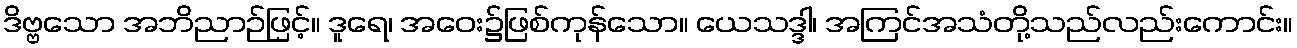
ဒိဗ္ဗသော အဘိညာဉ်ဖြင့်။ ဒူရေ၊ အဝေး၌ဖြစ်ကုန်သော။ ယေသဒ္ဒါ၊ အကြင်အသံတို့သည်လည်းကောင်း။